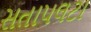
સતાપલટા